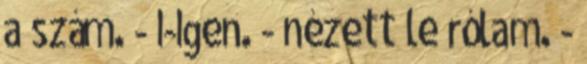
a szám. - I-Igen. - nézett le rólam. -